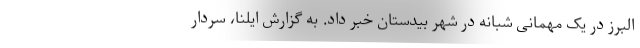
البرز در یک مهمانی شبانه در شهر بیدستان خبر داد. به گزارش ایلنا، سردار